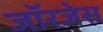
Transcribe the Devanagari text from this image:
जॉरजेस